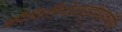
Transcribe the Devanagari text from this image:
कॉकिडियोआइडोमाइकोसिस